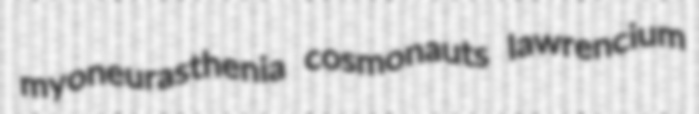
myoneurasthenia cosmonauts lawrencium